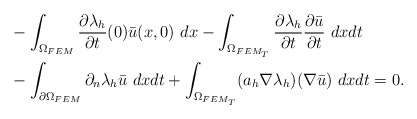
\begin{align*} &- \int_{\Omega_{FEM}} \frac{\partial{\lambda_h}}{\partial t}(0) \bar{u}(x,0) ~dx - \int_{\Omega_{FEM_T}} \frac{\partial \lambda_h}{\partial t} \frac{\partial \bar{u}}{\partial t}~ dxdt \\&- \int_{\partial \Omega_{FEM}} \partial_n \lambda_h \bar{u} ~ dxdt + \int_{\Omega_{FEM_T}} ( a_h \nabla \lambda_h) (\nabla \bar{u}) ~ dxdt = 0.\end{align*}